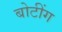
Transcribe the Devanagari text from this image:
बोटींग